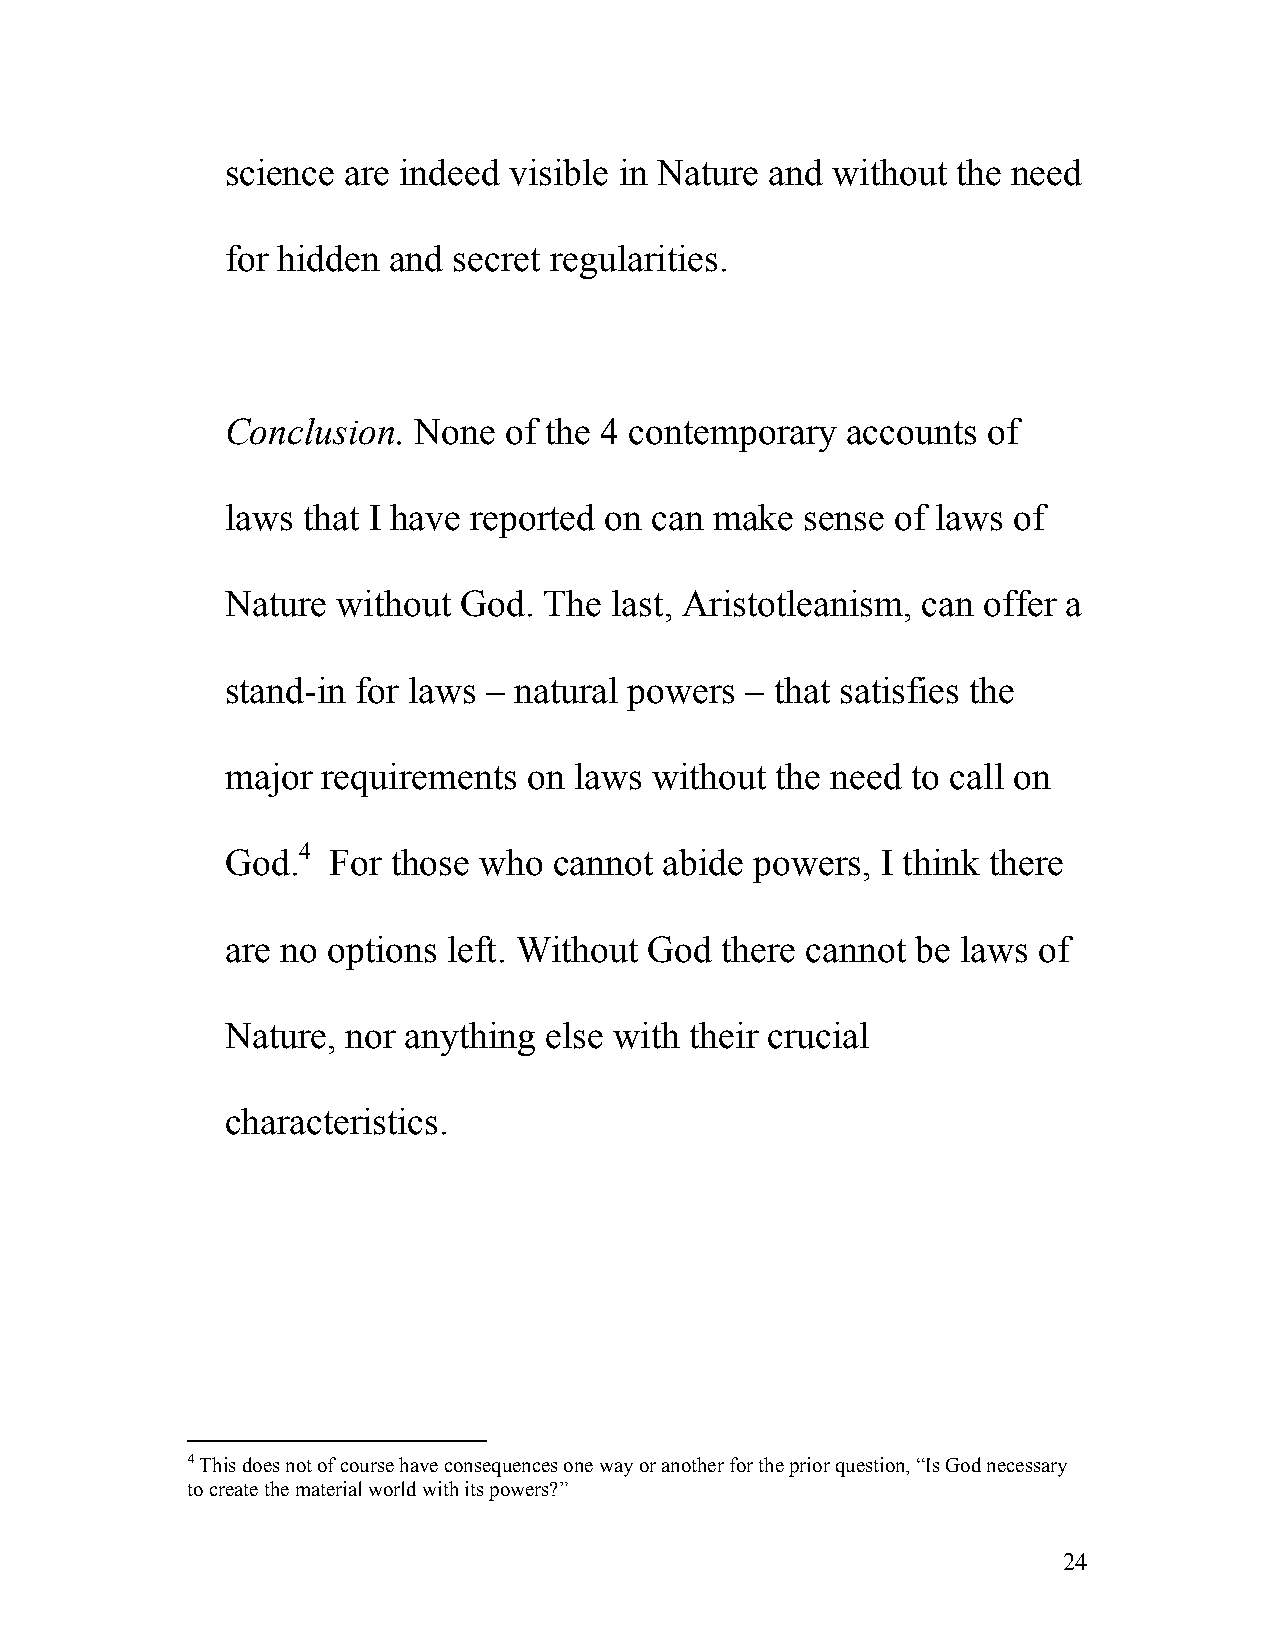
science are indeed visible in Nature and without the need
 for hidden and secret regularities.
 Conclusion. None  of the 4 contemporary  accounts of
 laws that I have reported on can make sense of laws of
 Nature without God.  The last, Aristotleanism, can offer a
 stand-in for laws – natural powers – that satisfies the
 major requirements  on laws without the need to call on
 God.4  For those who  cannot abide powers, I think there
 are no options left. Without God there cannot be laws of
 Nature, nor anything else with their crucial
 characteristics.
 4 This does not of course have consequences one way or another for the prior question, “Is God necessary
 to create the material world with its powers?”
 24